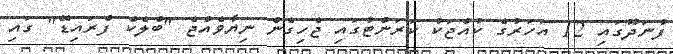
ފުނަދޫގައި 12 އަހަރުގެ ކުއްޖަކު ކަރަންޓުގައި ޖެހިގެން ނިޔާވެއްޖެ "ބްލެކް ފްރައިޑޭ" ގައި